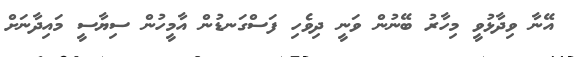
އޭނާ ވިދާޅުވީ މިހާރު ބޭނުން ވަނީ ދިވެހި ފަސްގަނޑުން އާމީހުން ސިޔާސީ މައިދާނަށް